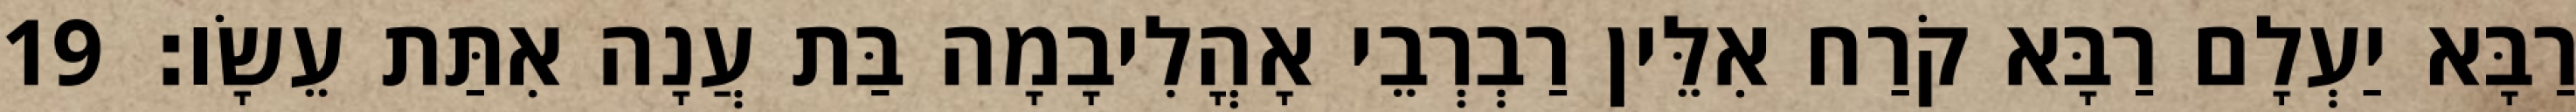
רַבָּא יַעְלָם רַבָּא קֹרַח אִלֵּין רַבְרְבֵי אָהֳלִיבָמָה בַּת עֲנָה אִתַּת עֵשָׂו׃ 19